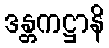
ဒန္တကဋ္ဌာနိ